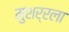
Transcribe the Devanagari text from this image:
मुशर्रला